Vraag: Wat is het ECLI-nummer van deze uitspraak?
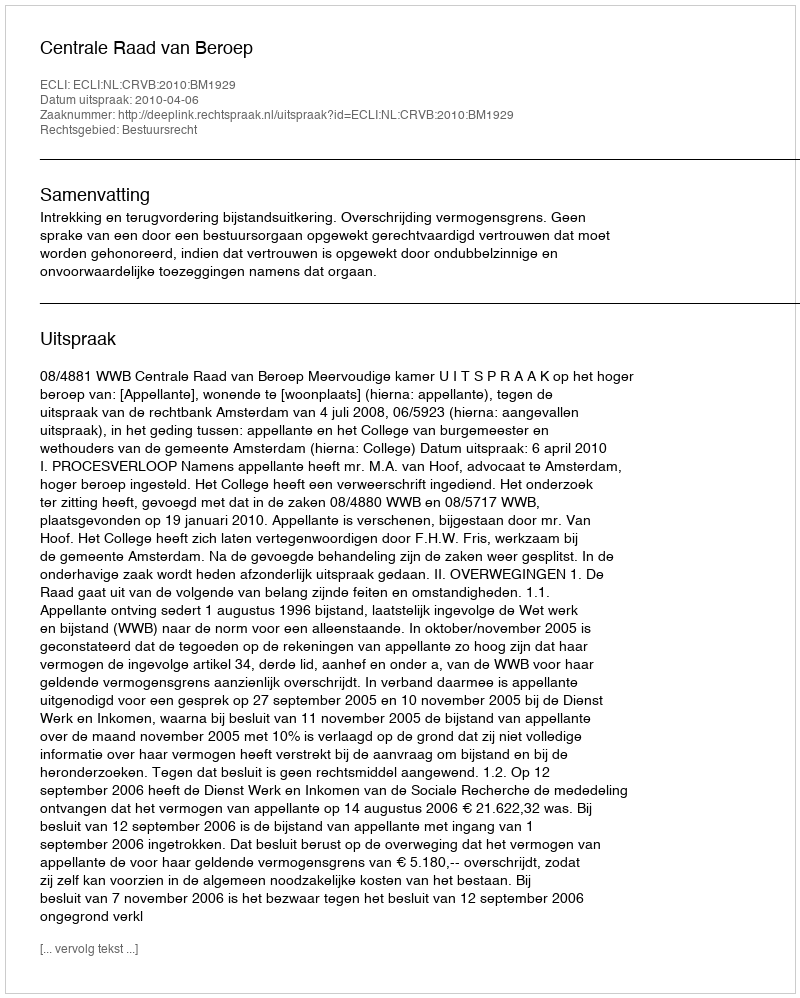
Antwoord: ECLI:NL:CRVB:2010:BM1929